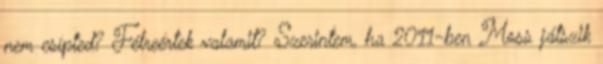
nem csípted? Félreértek valamit? Szerintem, ha 2011-ben Moss játszik